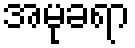
အမုခရာ